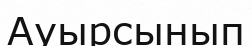
Ауырсынып